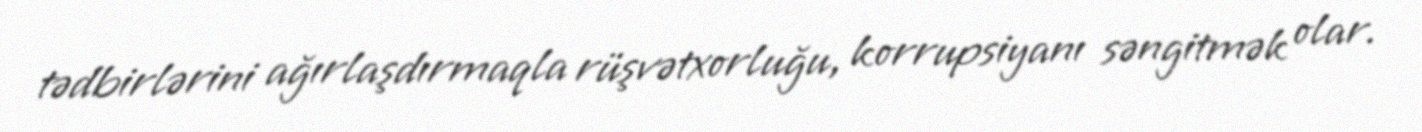
tədbirlərini ağırlaşdırmaqla rüşvətxorluğu, korrupsiyanı səngitmək olar.